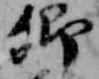
卿